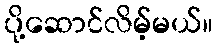
ပို့ဆောင်လိမ့်မယ်။